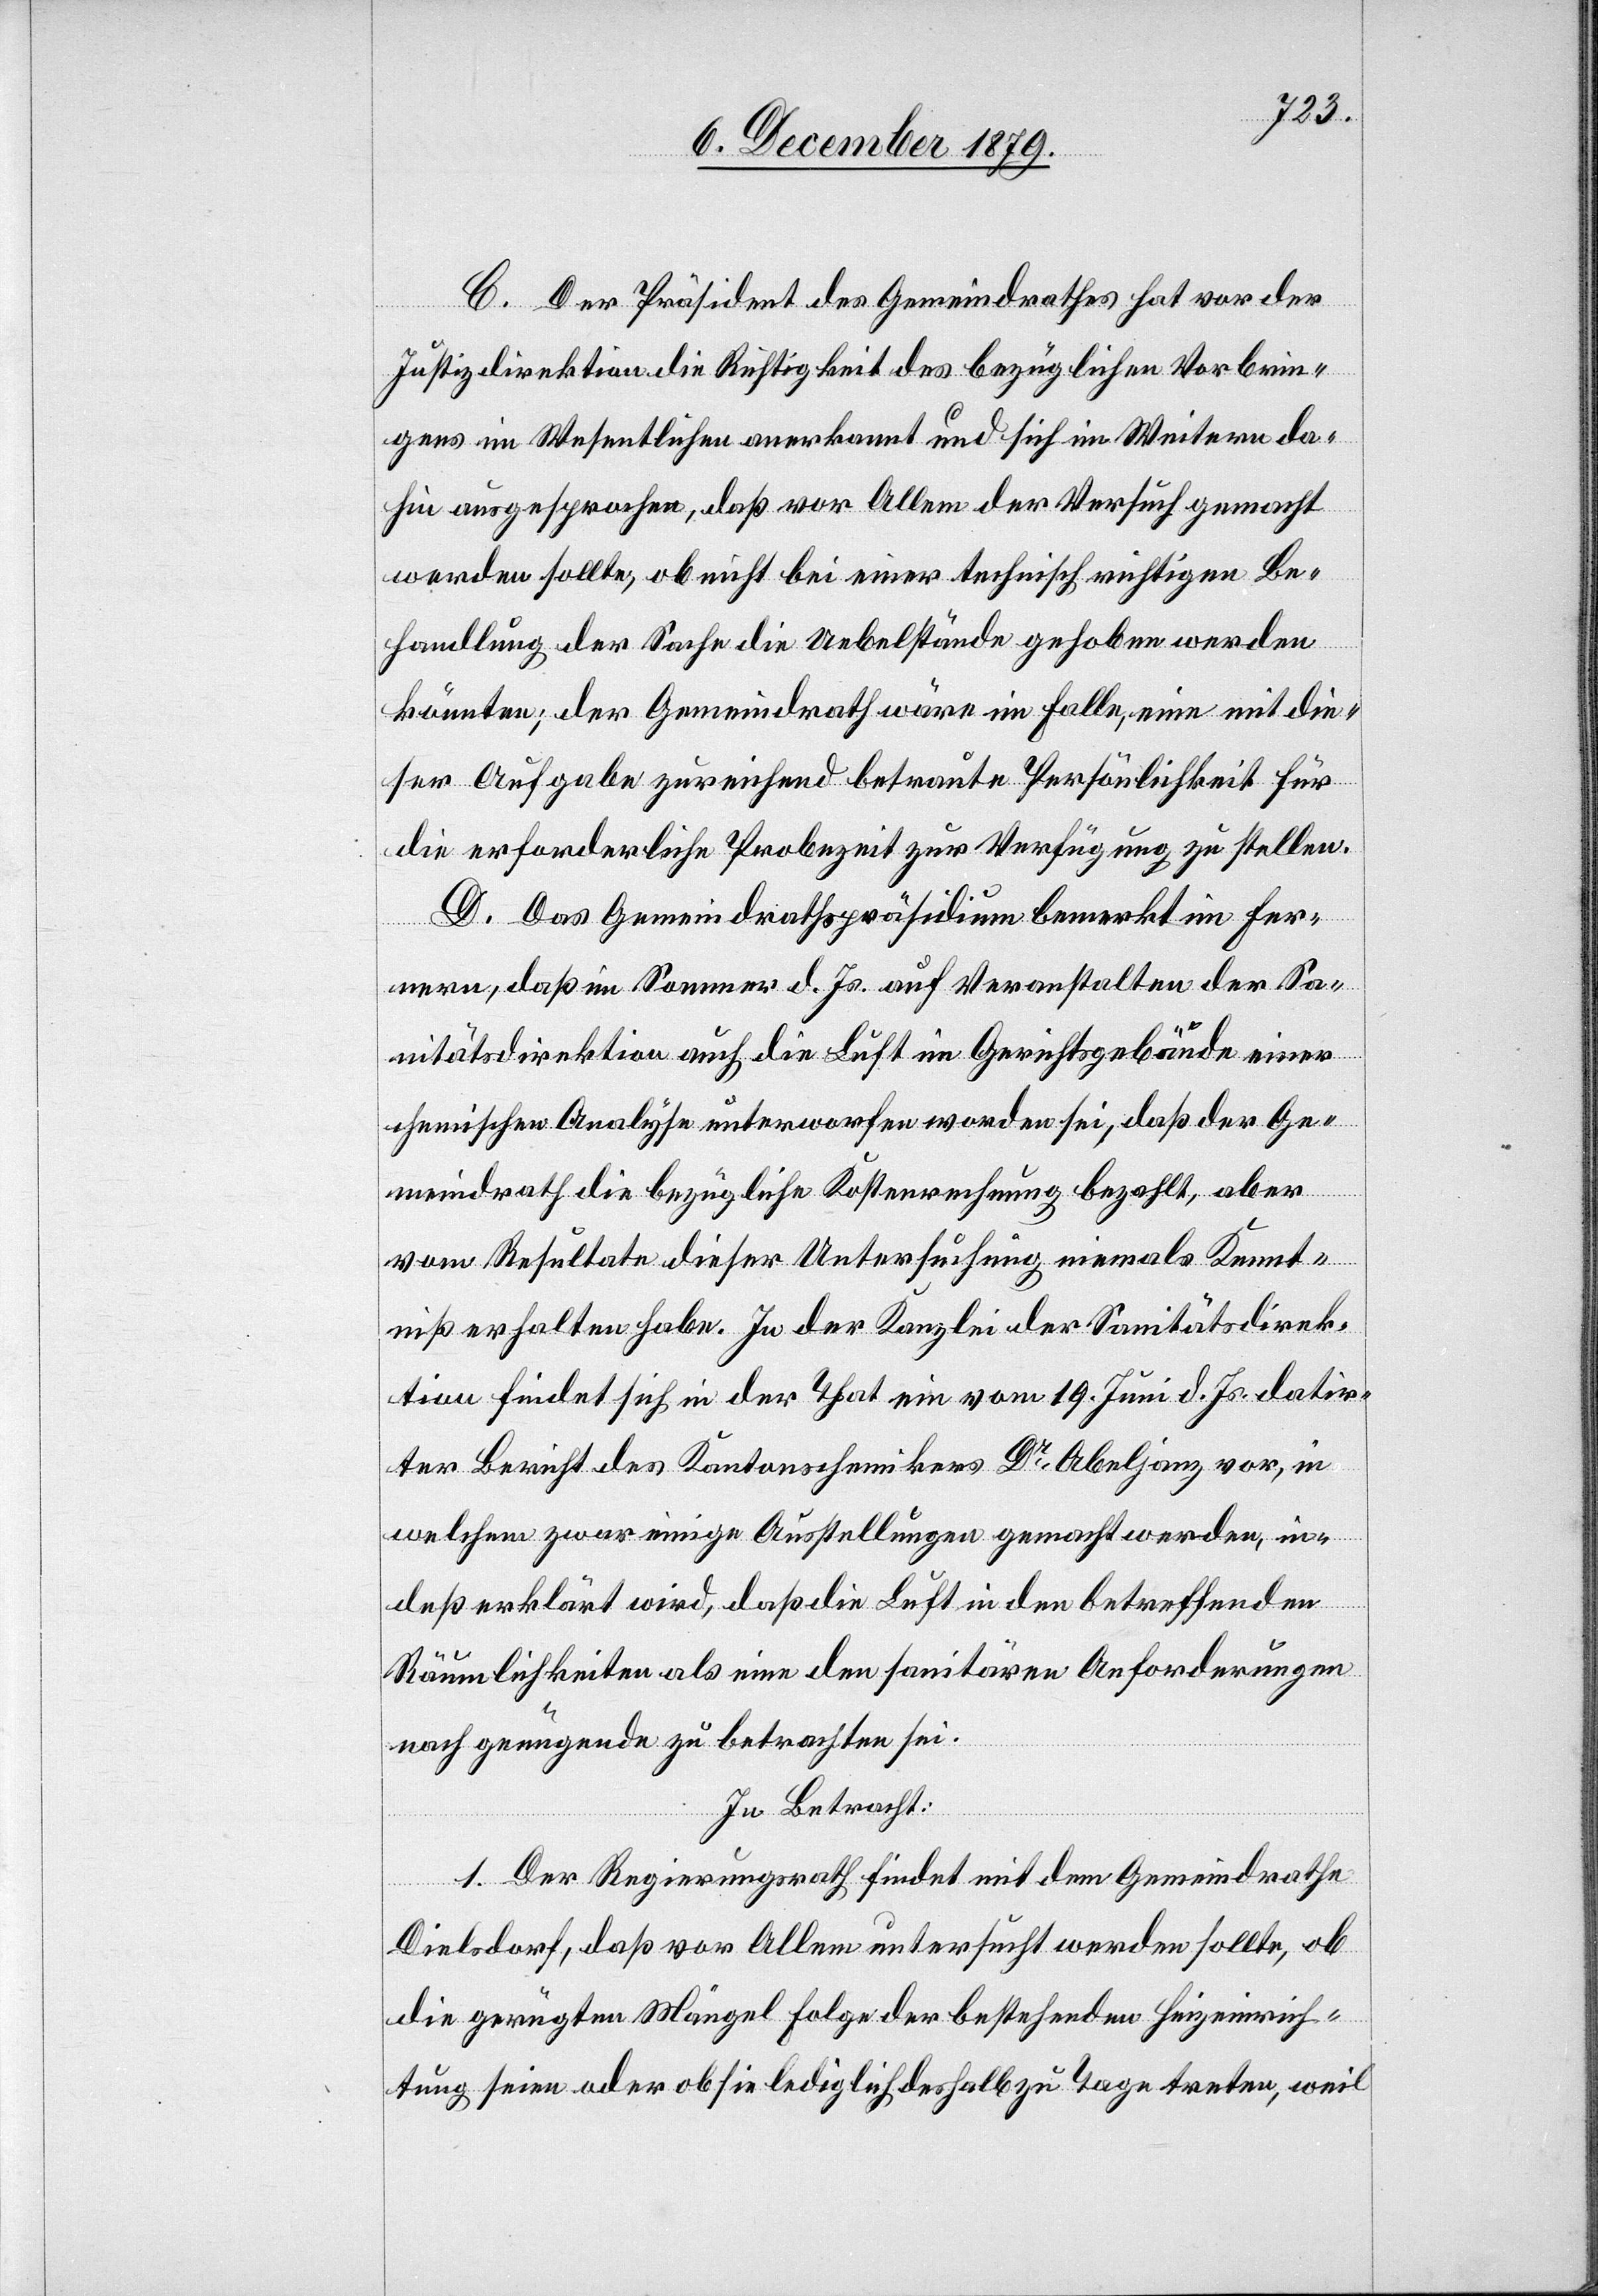
C. Der Präsident des Gemeindrathes hat vor der
sei.
Justizdirektion die Richtigkeit des bezüglichen Vorbrin¬
gens im Wesentlichen anerkannt und sich im Weitern da¬
hin ausgesprochen, daß vor Allem der Versuch gemacht
werden sollte, ob nicht bei einer technisch richtigen Be¬
handlung der Sache die Uebelstände gehoben werden
könnten; der Gemeindrath wäre im Falle, eine mit die¬
ser Aufgabe zureichend betraute Persönlichkeit für
die erforderliche Probezeit zur Verfügung zu stellen.
D. Das Gemeindrathspräsidium bemerkt im Fer¬
nern, daß im Sommer d. Js. auf Veranstalten der Sa¬
nitätsdirektion auch die Luft im Gerichtsgebäude einer
chemischen Analyse unterworfen worden sei, daß der Ge¬
meindrath die bezügliche Kostenrechnung bezahlt, aber
vom Resultate dieser Untersuchung niemals Kennt¬
niß erhalten habe. In der Kanzlei der Sanitätsdirek¬
tion findet sich in der That ein vom 19. Juni Js. datir¬
ter Bericht des Kantonschemikers Dr Abeljanz vor, in
welchem zwar einige Ausstellungen gemacht werden, in¬
deß erklärt wird, daß die Luft in den betreffenden
Räumlichkeiten als eine den sanitären Anforderungen
In Betracht:
1. Der Regierungsrath findet mit dem Gemeindrathe
Dielsdorf, daß vor Allem untersucht werden sollte, ob
die gerügten Mängel Folge der bestehenden Heizeinrich¬
tung seien oder ob sie lediglich deshalb zu Tage treten, weil